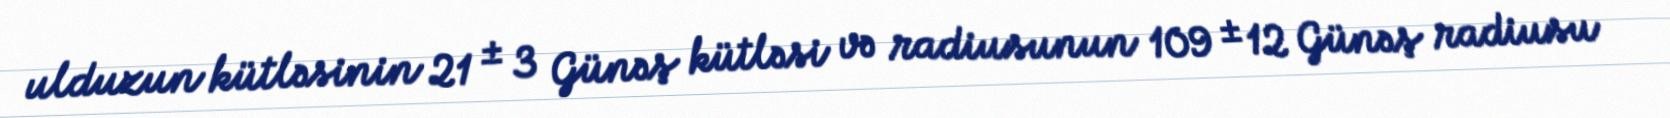
ulduzun kütləsinin 21 ± 3 Günəş kütləsi və radiusunun 109 ± 12 Günəş radiusu